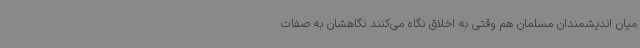
میان اندیشمندان مسلمان هم وقتی به اخلاق نگاه می‌کنند نگاهشان به صفات